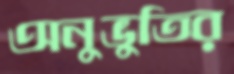
অনুভুতির